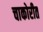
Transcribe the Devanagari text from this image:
चाकोरीत